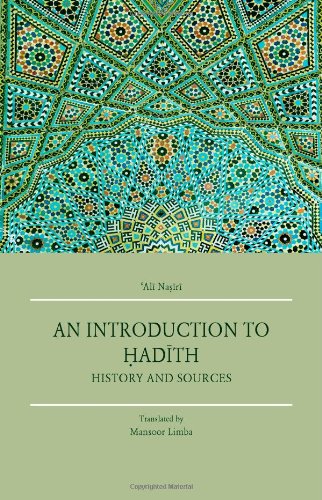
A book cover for An Introduction to Hadith: History and Sources; Ali Nasiri; Religion & Spirituality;